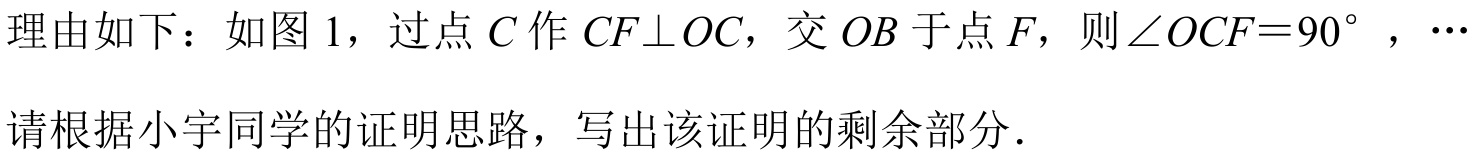
理由如下：如图 1，过点 \(C\)作 \(CF\perp OC\)，交 \(OB\)于点 \(F\)，则\(\angle OCF = 90^{\circ}\)，\(\cdots\)
请根据小宇同学的证明思路，写出该证明的剩余部分.